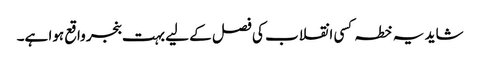
شاید یہ خطہ کسی انقلاب کی فصل کے لیے بہت بنجر واقع ہوا ہے۔